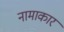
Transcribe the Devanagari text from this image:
नामाकार